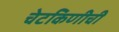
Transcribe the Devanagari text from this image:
चेटकिणीची